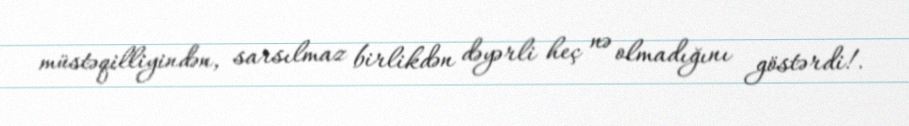
müstəqilliyindən, sarsılmaz birlikdən dəyərli heç nə olmadığını göstərdi!.